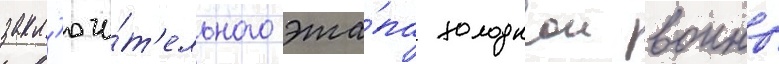
закл'ючи́т'ельного эта́па холоднои воины